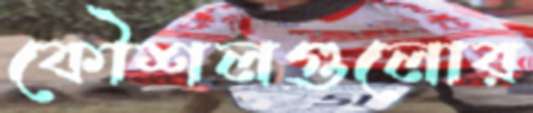
কৌশলগুলোর